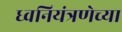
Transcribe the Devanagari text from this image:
ध्वनियंत्रणेच्या